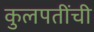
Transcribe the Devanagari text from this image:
कुलपतींची